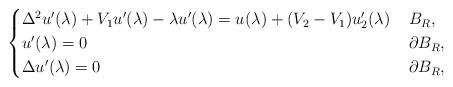
LaTeX: \begin{align*}\begin{cases}\Delta^2 u^\prime(\lambda) + V_1 u^\prime(\lambda) - \lambda u^\prime(\lambda) = u(\lambda) + (V_2 - V_1)u^\prime_2(\lambda) &\, B_R,\\u^\prime(\lambda) = 0 &\,\partial B_R,\\\Delta u^\prime(\lambda) = 0 &\,\partial B_R,\end{cases}\end{align*}